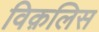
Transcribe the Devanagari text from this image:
विक़लिस